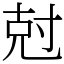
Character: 尅